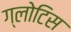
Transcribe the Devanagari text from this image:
ग्लोटिस